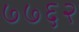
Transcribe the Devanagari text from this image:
७७६२